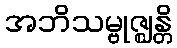
အဘိသမ္ဗုဇ္ဈန္တိ